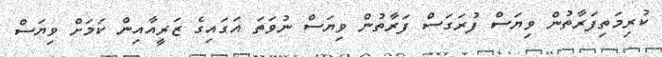
ކުރިމަތިފަރާތުން ވިޔަސް ފުރަގަސް ފަރާތުން ވިޔަސް ނުވަތަ އަގައިގެ ޒަރީއާއިން ކަމަށް ވިޔަސް